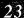
23